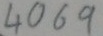
Text: 4069